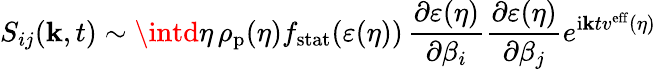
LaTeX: S_{ij}(\mathbf{k},t)\sim\intd\eta\, \rho_{\mathrm{{p}}}(\eta)f_{\mathrm{{stat}}}(\varepsilon(\eta))\, \frac{{\partial\varepsilon(\eta)}}{{\partial\beta_{i}}}\frac{{\partial\varepsilon(\eta)}}{{\partial\beta_{j}}}e^{\mathrm{{i}}\mathbf{k}tv^{\mathrm{{eff}}}(\eta)}